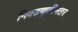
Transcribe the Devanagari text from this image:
निवडणूकीनंतर